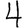
Digit: 4